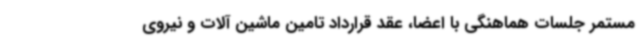
مستمر جلسات هماهنگی با اعضا، عقد قرارداد تامین ماشین آلات و نیروی